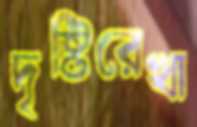
দৃষ্টিরেখা